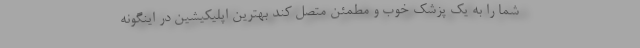
شما را به یک پزشک خوب و مطمئن متصل کند بهترین اپلیکیشین در اینگونه